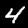
Label: 4